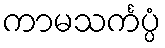
ကာမသင်္ကပ္ပံ